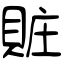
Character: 賍